Treatise on elephants
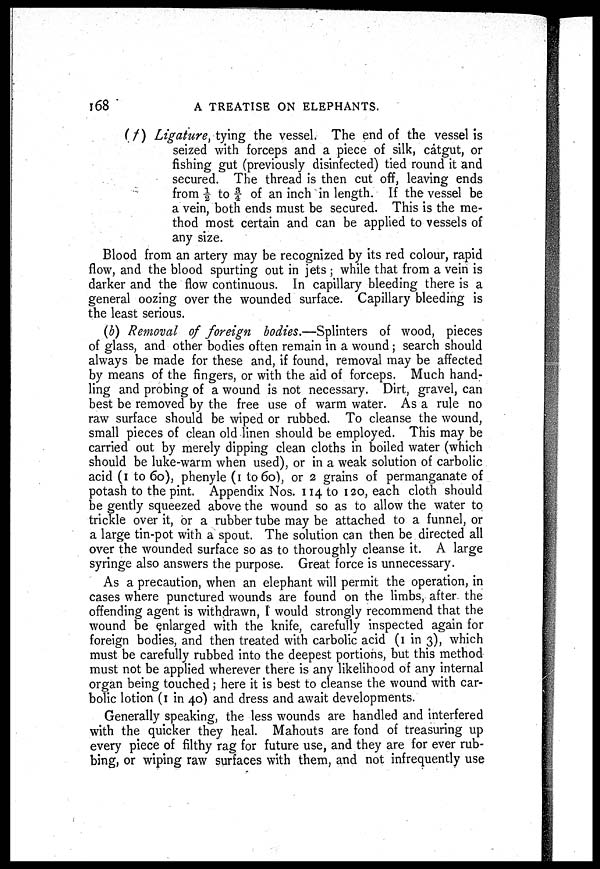
168
A TREATISE ON ELEPHANTS.
(f) Ligature, tying the vessel. The end of the vessel is
seized with forceps and a piece of silk, catgut, or
fishing gut (previously disinfected) tied round it and
secured. The thread is then cut off, leaving ends
from ½ to ¾ of an inch in length. If the vessel be
a vein, both ends must be secured. This is the me-
thod most certain and can be applied to vessels of
any size.
Blood from an artery may be recognized by its red colour, rapid
flow, and the blood spurting out in jets ; while that from a vein is
darker and the flow continuous. In capillary bleeding there is a
general oozing over the wounded surface. Capillary bleeding is
the least serious.
(b) Removal of foreign bodies.—Splinters of wood, pieces
of glass, and other bodies often remain in a wound ; search should
always be made for these and, if found, removal may be affected
by means of the fingers, or with the aid of forceps. Much hand-
ling and probing of a wound is not necessary. Dirt, gravel, can
best be removed by the free use of warm water. As a rule no
raw surface should be wiped or rubbed. To cleanse the wound,
small pieces of clean old linen should be employed. This may be
carried out by merely dipping clean cloths in boiled water (which
should be luke-warm when used), or in a weak solution of carbolic
acid (1 to 60), phenyle (1 to 60), or 2 grains of permanganate of
potash to the pint. Appendix Nos. 114 to 120, each cloth should
be gently squeezed above the wound so as to allow the water to
trickle over it, or a rubber tube may be attached to a funnel, or
a large tin-pot with a spout. The solution can then be directed all
over the wounded surface so as to thoroughly cleanse it. A large
syringe also answers the purpose. Great force is unnecessary.
As a precaution, when an elephant will permit the operation, in
cases where punctured wounds are found on the limbs, after- the
offending agent is withdrawn, I would strongly recommend that the
wound be enlarged with the knife, carefully inspected again for
foreign bodies, and then treated with carbolic acid (1 in 3), which
must be carefully rubbed into the deepest portions, but this method
must not be applied wherever there is any likelihood of any internal
organ being touched ; here it is best to cleanse the wound with car-
bolic lotion (1 in 40) and dress and await developments.
Generally speaking, the less wounds are handled and interfered
with the quicker they heal. Mahouts are fond of treasuring up
every piece of filthy rag for future use, and they are for ever rub-
bing, or wiping raw surfaces with them, and not infrequently use